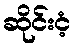
ဆိုင်းငံ့